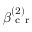
\beta _ { \mathrm { ~ c ~ r ~ } } ^ { ( 2 ) }